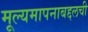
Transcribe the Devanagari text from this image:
मूल्यमापनाबद्दलची